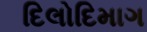
દિલોદિમાગ